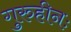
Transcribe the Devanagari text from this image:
गुरुहीनः